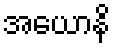
အယောနိ